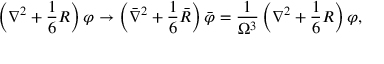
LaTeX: \left( \nabla ^ { 2 } + \frac { 1 } { 6 } R \right) \varphi \rightarrow \left( \bar { \nabla } ^ { 2 } + \frac { 1 } { 6 } \bar { R } \right) \bar { \varphi } = \frac { 1 } { \Omega ^ { 3 } } \left( \nabla ^ { 2 } + \frac { 1 } { 6 } R \right) \varphi ,